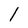
Character: l